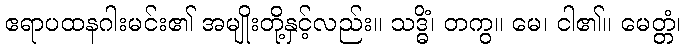
ဧရာပထနဂါးမင်း၏ အမျိုးတို့နှင့်လည်း။ သဒ္ဓိံ၊ တကွ။ မေ၊ ငါ၏။ မေတ္တံ၊